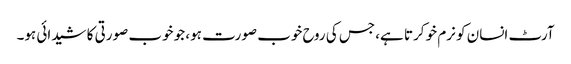
آرٹ انسان کو نرم خو کرتا ہے، جس کی روح خوب صورت ہو، جو خوب صورتی کا شیدائی ہو۔